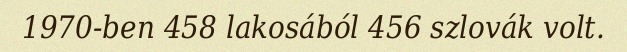
1970-ben 458 lakosából 456 szlovák volt.